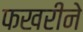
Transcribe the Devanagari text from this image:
फखरीने